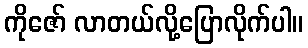
ကိုဇော် လာတယ်လို့ပြောလိုက်ပါ။